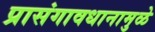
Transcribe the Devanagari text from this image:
प्रासंगावधानामुळे